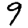
Digit: 9